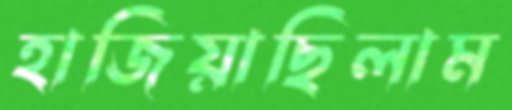
হাজিয়াছিলাম